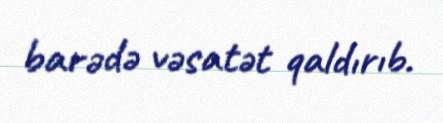
barədə vəsatət qaldırıb.